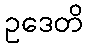
ဥဒေတိ